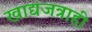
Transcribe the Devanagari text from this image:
खाद्यजत्राही